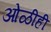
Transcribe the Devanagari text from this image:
ओळीही